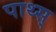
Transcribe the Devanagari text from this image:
पाथ्स्‌